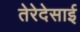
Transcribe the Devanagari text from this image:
तेरेदेसाई